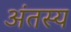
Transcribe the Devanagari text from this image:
अंतस्य